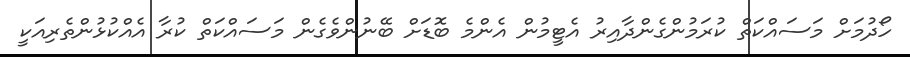
ހޯދުމަށް މަސައްކަތް ކުރަމުންގެންދާއިރު އެޓީމުން އެންމެ ބޮޑަށް ބޭނުންވެގެން މަސައްކަތް ކުރާ އެއްކުޅުންތެރިއަކީ